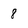
Character: 8